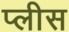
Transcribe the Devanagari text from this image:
प्लीस